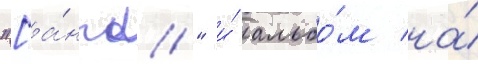
"[а́нгл." и́ альбо́м на́